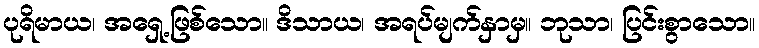
ပုရိမာယ၊ အရှေ့ဖြစ်သော။ ဒိသာယ၊ အရပ်မျက်နှာမှ။ ဘုသာ၊ ပြင်းစွာသော။